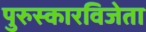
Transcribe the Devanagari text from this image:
पुरुस्कारविजेता